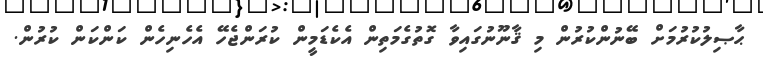
ޙާޞިލުކުރުމަށް ބޭނުންކުރުން މި ޤާނޫނުގައިވާ ގޮތުގެމަތިން އެކެޑަމީން ކުރަންޖެހޭ އެހެނިހެން ކަންކަން ކުރުން.